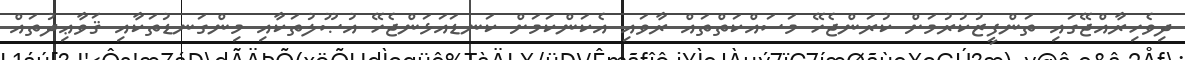
ދިވެހިރާއްޖޭގައި ތަންފީޒުކުރުމަށް ކުރަންޖެހޭ މަސައްކަތްތައް ރާވައި އެކަންކަމަށް ކަނޑައަޅަންޖެހޭ އުޞޫލުތަކާއި މިންގަނޑުތަކާއި ޤަވާޢިދުތައް